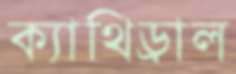
ক্যাথিড্রাল